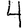
Digit: 4